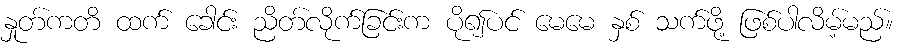
နှုတ်ကတိ ထက် ခေါင်း ညိတ်လိုက်ခြင်းက ပို၍ပင် မေမေ နှစ် သက်ဖို့ ဖြစ်ပါလိမ့်မည်။